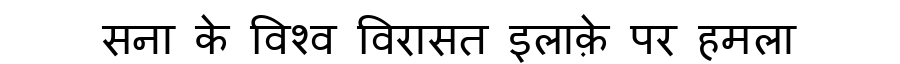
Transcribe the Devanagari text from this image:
सना के विश्व विरासत इलाक़े पर हमला